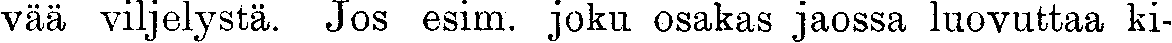
vää viljelystä. Jos esim. joku osakas jaossa luovuttaa ki-